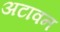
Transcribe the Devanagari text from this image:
अटावन